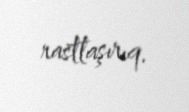
rastlaşırıq.